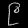
Digit: ၉